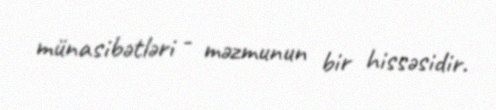
münasibətləri - məzmunun bir hissəsidir.